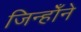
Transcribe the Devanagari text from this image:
जिन्होँने